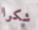
شكرا